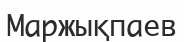
Маржықпаев